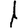
Digit: 1